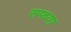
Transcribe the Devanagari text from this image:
सफया